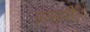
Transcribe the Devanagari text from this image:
उत्सर्गित